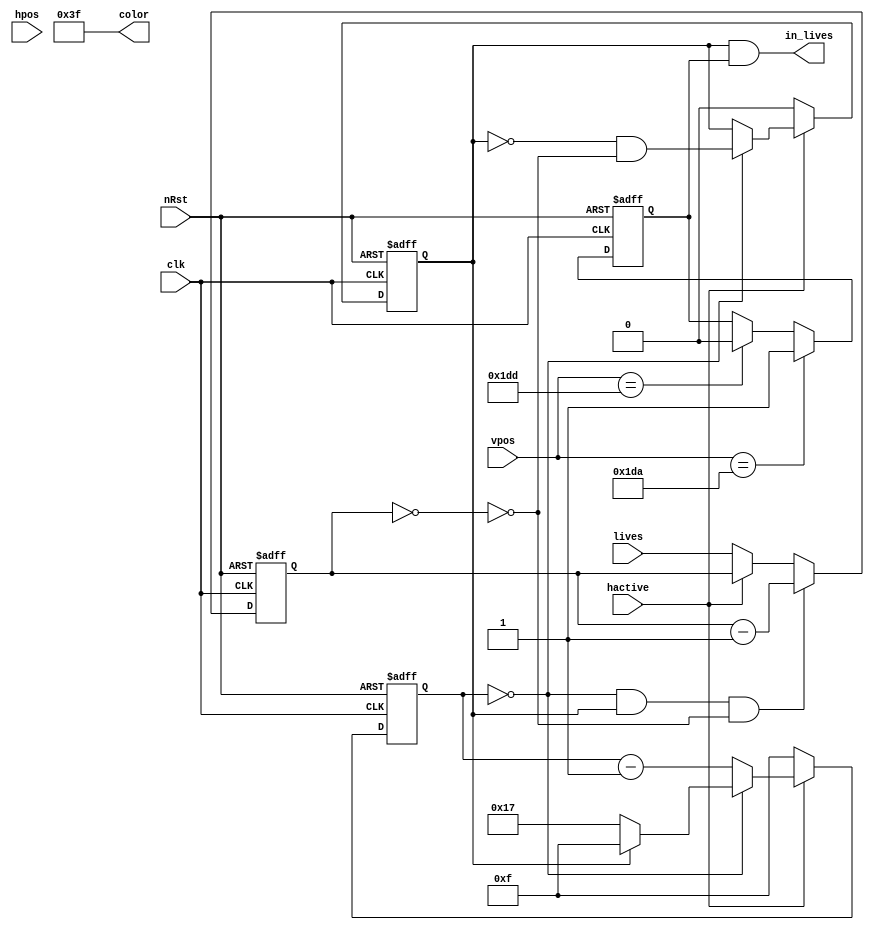


module p18_lives_painter #(
    //                          BBGGRR
    parameter PADDLE_COLOR = 6'b111111,
    parameter PADDLE_WIDTH = 24,
    parameter PADDLE_HEIGHT = 9'd4,
    parameter PADDLE_Y =  9'd474,
    parameter SPACING = 16
) (
    input clk,
    input nRst,
    output in_lives,
    output [5:0] color,
    input hactive,
    input [9:0] hpos,
    input [8:0] vpos,
    input [1:0] lives
    );

    reg [4:0] lives_x;
    reg [1:0] lives_cntr;
    reg in_lives_row;
    reg in_lives_y;
    wire at_x_end = lives_x == 0;
    wire at_lives_end = lives_cntr == 0;
    wire at_lives_y_start = vpos == PADDLE_Y;
    wire at_lives_y_end = vpos == PADDLE_Y + PADDLE_HEIGHT - 1;

    assign in_lives = in_lives_row && in_lives_y;
    assign color = PADDLE_COLOR;

    // horizontal counters
    always @(posedge clk or negedge nRst)
    begin
        if(!nRst) begin
            lives_x <= SPACING - 1;
            in_lives_row <= 0;
            lives_cntr <= 0;
        end else begin
            if(!hactive) begin
                lives_x <= SPACING - 1;
                in_lives_row <= 0;
                lives_cntr <= lives;
            end else if(at_x_end) begin
                lives_x <= in_lives_row ? SPACING - 1 : PADDLE_WIDTH - 1;
                in_lives_row <= !in_lives_row && !at_lives_end;
            end else begin
                lives_x <= lives_x - 1'b1;
            end
            if(at_x_end && in_lives_row && !at_lives_end) begin
                lives_cntr <= lives_cntr - 1'b1;
            end
        end
    end

    always @(posedge clk or negedge nRst)
    begin
        if(!nRst) begin
            in_lives_y <= 0;
        end else begin
            if(at_lives_y_start) begin
                in_lives_y <= 1;
            end else if(at_lives_y_end) begin
                in_lives_y <= 0;
            end
        end
    end
endmodule